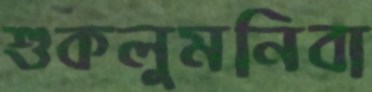
শুকলুমনিবা